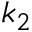
k _ { 2 }